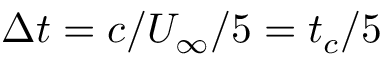
\Delta t = c / U _ { \infty } { / 5 } = t _ { c } { / 5 }